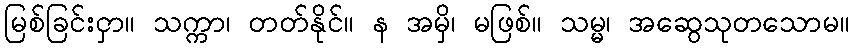
မြစ်ခြင်းငှာ။ သက္ကာ၊ တတ်နိုင်။ န အမှိ၊ မဖြစ်။ သမ္မ၊ အဆွေသုတသောမ။